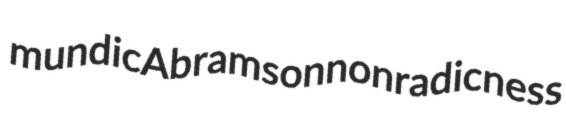
mundic Abramson nonradicness